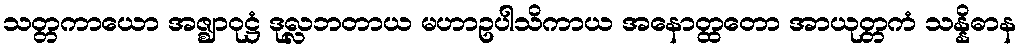
သတ္တကာယော အဇ္ဈာဝုဋ္ဌံ ဒုလ္လဘတာယ မဟာဥပါသိကာယ အနောတ္ထတော အာယုတ္တကံ သန္နိဓာန